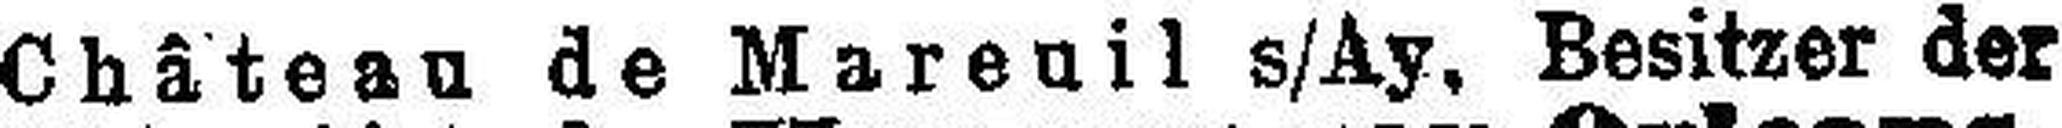
Château de Mareuil s/Ay. Besitzer der